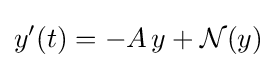
y'(t)=-A\,y+{\mathcal {N}}(y)